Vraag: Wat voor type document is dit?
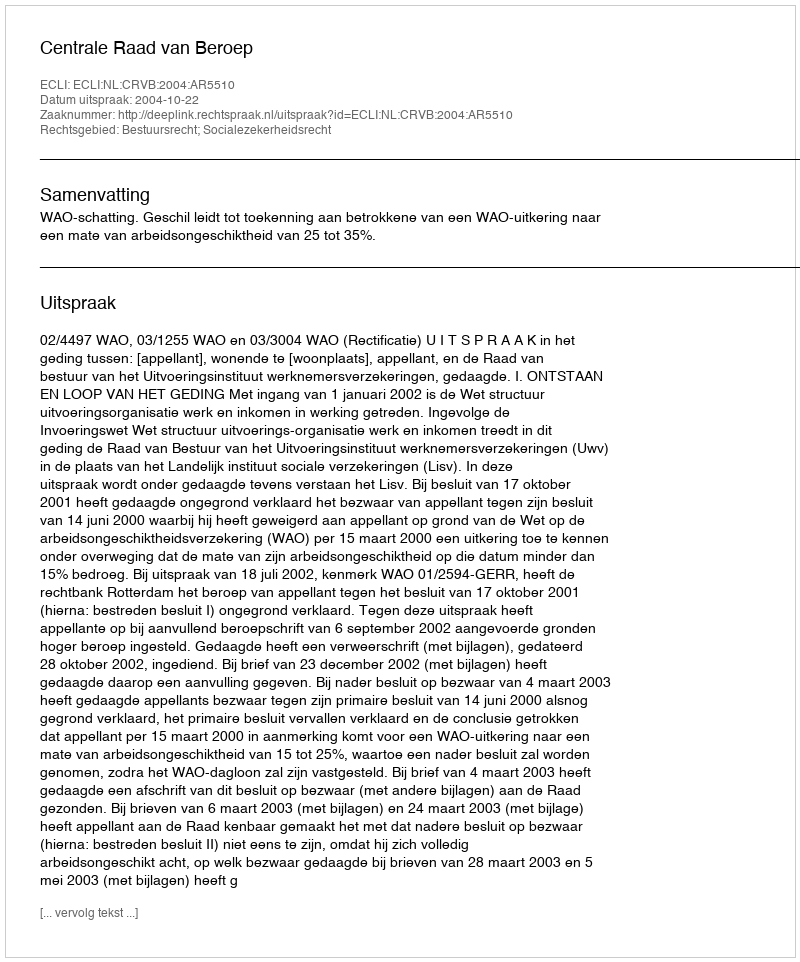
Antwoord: Uitspraak